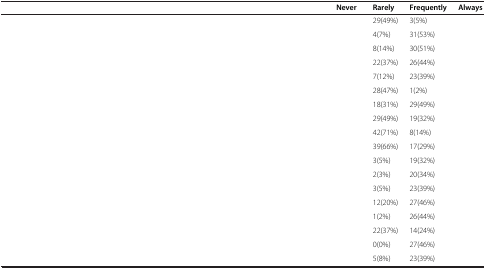
<table><thead><tr><td>[EMPTY_CELL]</td><td><b>Never</b></td><td><b>Rarely</b></td><td><b>Frequently</b></td><td><b>Always</b></td></tr></thead><tbody><tr><td>[EMPTY_CELL]</td><td>[EMPTY_CELL]</td><td>29(49%)</td><td>3(5%)</td><td>[EMPTY_CELL]</td></tr><tr><td>[EMPTY_CELL]</td><td>[EMPTY_CELL]</td><td>4(7%)</td><td>31(53%)</td><td>[EMPTY_CELL]</td></tr><tr><td>[EMPTY_CELL]</td><td>[EMPTY_CELL]</td><td>8(14%)</td><td>30(51%)</td><td>[EMPTY_CELL]</td></tr><tr><td>[EMPTY_CELL]</td><td>[EMPTY_CELL]</td><td>22(37%)</td><td>26(44%)</td><td>[EMPTY_CELL]</td></tr><tr><td>[EMPTY_CELL]</td><td>[EMPTY_CELL]</td><td>7(12%)</td><td>23(39%)</td><td>[EMPTY_CELL]</td></tr><tr><td>[EMPTY_CELL]</td><td>[EMPTY_CELL]</td><td>28(47%)</td><td>1(2%)</td><td>[EMPTY_CELL]</td></tr><tr><td>[EMPTY_CELL]</td><td>[EMPTY_CELL]</td><td>18(31%)</td><td>29(49%)</td><td>[EMPTY_CELL]</td></tr><tr><td>[EMPTY_CELL]</td><td>[EMPTY_CELL]</td><td>29(49%)</td><td>19(32%)</td><td>[EMPTY_CELL]</td></tr><tr><td>[EMPTY_CELL]</td><td>[EMPTY_CELL]</td><td>42(71%)</td><td>8(14%)</td><td>[EMPTY_CELL]</td></tr><tr><td>[EMPTY_CELL]</td><td>[EMPTY_CELL]</td><td>39(66%)</td><td>17(29%)</td><td>[EMPTY_CELL]</td></tr><tr><td>[EMPTY_CELL]</td><td>[EMPTY_CELL]</td><td>3(5%)</td><td>19(32%)</td><td>[EMPTY_CELL]</td></tr><tr><td>[EMPTY_CELL]</td><td>[EMPTY_CELL]</td><td>2(3%)</td><td>20(34%)</td><td>[EMPTY_CELL]</td></tr><tr><td>[EMPTY_CELL]</td><td>[EMPTY_CELL]</td><td>3(5%)</td><td>23(39%)</td><td>[EMPTY_CELL]</td></tr><tr><td>[EMPTY_CELL]</td><td>[EMPTY_CELL]</td><td>12(20%)</td><td>27(46%)</td><td>[EMPTY_CELL]</td></tr><tr><td>[EMPTY_CELL]</td><td>[EMPTY_CELL]</td><td>1(2%)</td><td>26(44%)</td><td>[EMPTY_CELL]</td></tr><tr><td>[EMPTY_CELL]</td><td>[EMPTY_CELL]</td><td>22(37%)</td><td>14(24%)</td><td>[EMPTY_CELL]</td></tr><tr><td>[EMPTY_CELL]</td><td>[EMPTY_CELL]</td><td>0(0%)</td><td>27(46%)</td><td>[EMPTY_CELL]</td></tr><tr><td>[EMPTY_CELL]</td><td>[EMPTY_CELL]</td><td>5(8%)</td><td>23(39%)</td><td>[EMPTY_CELL]</td></tr></tbody></table>